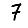
Digit: 7